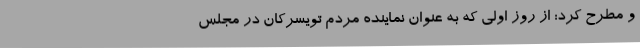
و مطرح کرد: از روز اولی که به عنوان نماینده مردم تویسرکان در مجلس